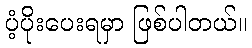
ပံ့ပိုးပေးရမှာ ဖြစ်ပါတယ်။